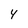
Character: 4